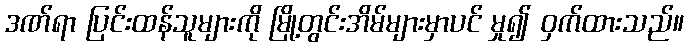
ဒဏ်ရာ ပြင်းထန်သူများကို မြို့တွင်းအိမ်များမှာပင် မှု၍ ဝှက်ထားသည်။